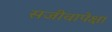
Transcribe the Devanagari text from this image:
सजीवापेक्षा